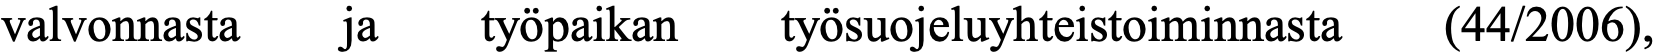
valvonnasta ja  työpaikan työsuojeluyhteistoiminnasta (44/2006),